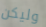
وليكن